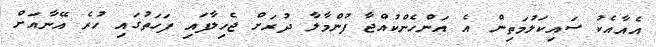
އެއާއެކު ސައިކަލުމަތިން އެ އަންހެންކުއްޖާ ފުންމާލާ ދުރަށް ޖެހިލާފައި ފަހަތުގައި ހުރެ އޭނާއަށް